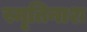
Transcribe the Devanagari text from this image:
स्मृतिनाश